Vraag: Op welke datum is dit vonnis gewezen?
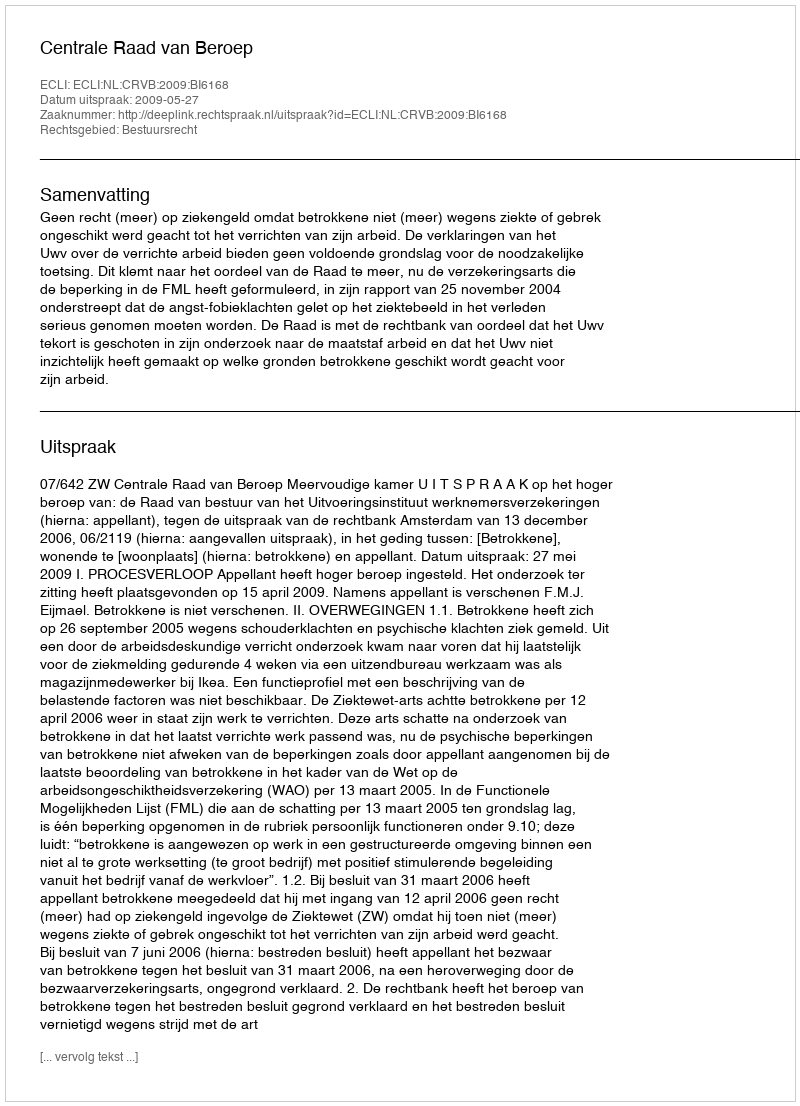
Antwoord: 2009-05-27